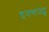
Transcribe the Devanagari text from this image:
हनगाउट्स